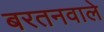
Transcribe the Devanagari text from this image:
बरतनवाले